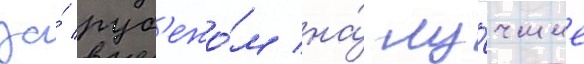
за́ руб'ежо́м на́ лу́чшие